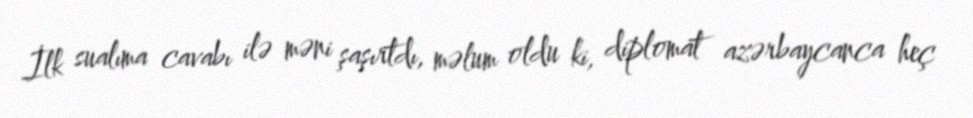
İlk sualıma cavabı ilə məni şaşırtdı, məlum oldu ki, diplomat azərbaycanca heç